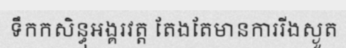
ទឹកកសិន្ធុអង្គរវត្ត តែងតែមានការរីងស្ងួត